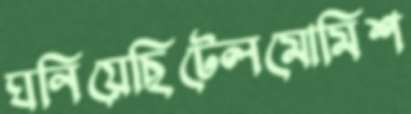
ঘনিয়েছিটেলমোমিশ